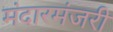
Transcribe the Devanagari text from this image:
मंदारमंजरी